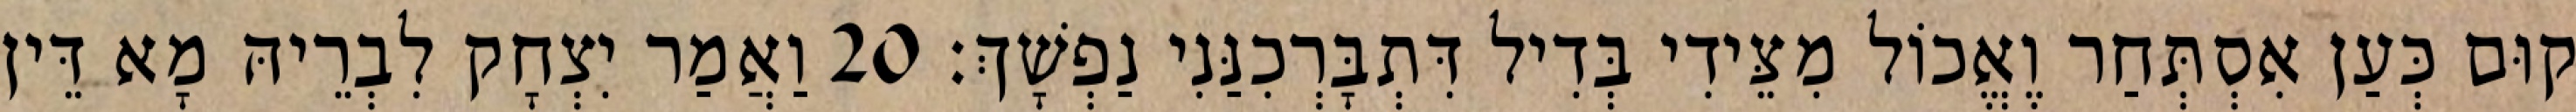
קוּם כְּעַן אִסְתְּחַר וֶאֱכוֹל מִצֵּידִי בְּדִיל דִּתְבָּרְכִנַּנִי נַפְשָׁךְ׃ 20 וַאֲמַר יִצְחָק לִבְרֵיהּ מָא דֵּין